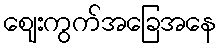
ဈေးကွက်အခြေအနေ